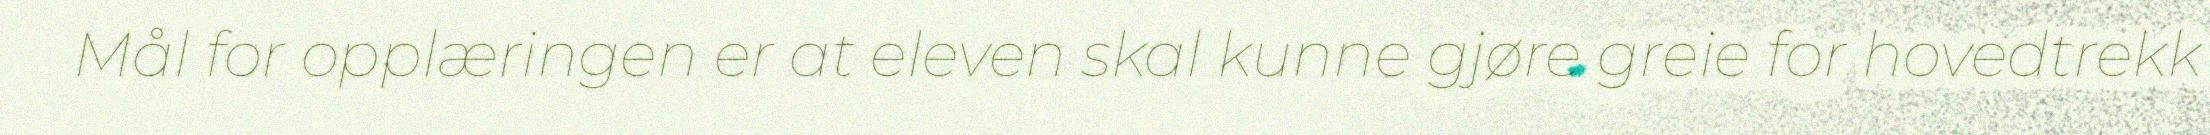
Mål for opplæringen er at eleven skal kunne gjøre greie for hovedtrekk